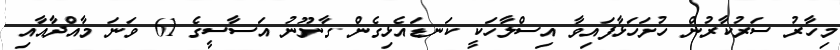
މިހާރު ސަރުކާރުން ހުށަހަޅާފައިވާ އިސްލާހަކީ ކަނޑައެޅިގެން ގާނޫނު އަސާސީގެ 61 ވަނަ މާއްދާއާއި